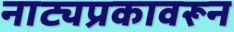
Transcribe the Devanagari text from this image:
नाट्यप्रकावरून